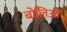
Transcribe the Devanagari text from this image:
बोलिओं